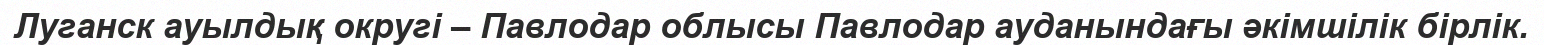
Луганск ауылдық округі – Павлодар облысы Павлодар ауданындағы әкімшілік бірлік.